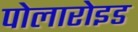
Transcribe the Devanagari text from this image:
पोलारोइड